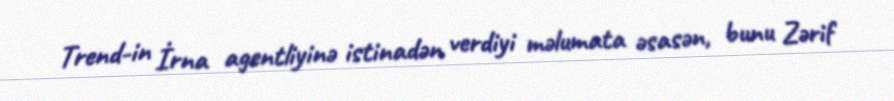
Trend-in İrna agentliyinə istinadən verdiyi məlumata əsasən, bunu Zərif